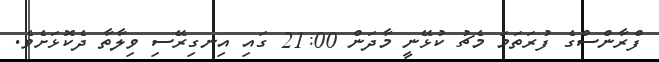
ފްރާންސްގެ ފުރަތަމަ މެޗު ކުޅޭނީ މާދަން 21:00 ގައި އިނގިރޭސި ވިލާތާ ދެކޮޅަށެވެ.